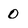
Character: 0